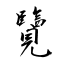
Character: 覽